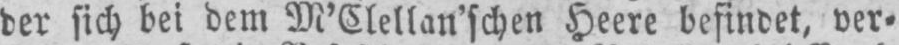
der sich bei dem M’Clellan’schen Heere befindet, ver⸗